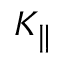
K _ { \parallel }